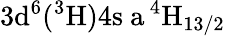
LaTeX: \mathrm{3d^{6}(^{3}H)4s\ a\, ^{4}H_{13/2}}